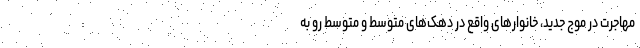
مهاجرت در موج جدید، خانوارهای واقع در دهک‌‌های متوسط و متوسط رو به